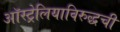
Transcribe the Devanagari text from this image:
ऑस्ट्रेलियाविरुद्धची